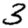
Digit: 3